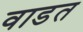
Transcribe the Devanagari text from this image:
वाडत